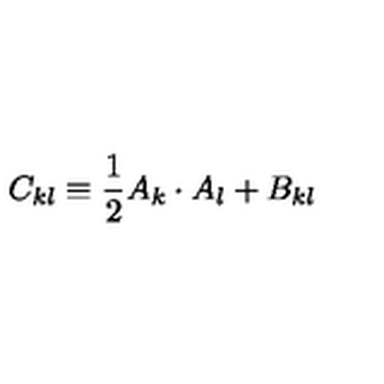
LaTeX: C _ { k l } \equiv { \frac { 1 } { 2 } } A _ { k } \cdot A _ { l } + B _ { k l }